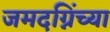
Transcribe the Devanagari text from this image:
जमदग्निंच्या